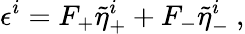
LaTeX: \epsilon^{i}=F_{+}\tilde{\eta}_{+}^{i}+F_{-}\tilde{\eta}_{-}^{i}\ ,